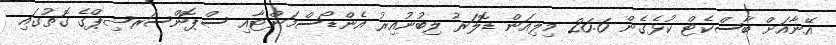
އޭނާއަށް ބާސްކެޓް ކުޅެގެން 26.6 މިލިއަން ޑޮލަރު ލިބުނުއިރު އެންޑޯސްމަންޓާއި ސްޕޮންސަރޝިޕްގެ ގޮތުގައި